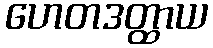
ဟေတဒတ္ထာယ